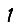
Digit: 1